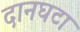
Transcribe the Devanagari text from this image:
दानघटा